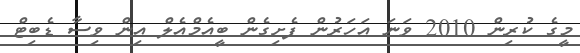
މީގެ ކުރިން 2010 ވަނަ އަހަރުން ފެށިގެން ބީއެމްއެލް އިން ވިސާ ޑެބިޓް